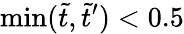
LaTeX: \operatorname*{min}(\tilde{t},\tilde{t}^{\prime})<0.5